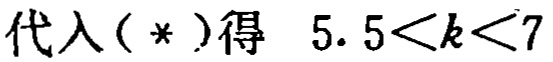
代入（*）得 \(5.5<k<7\)